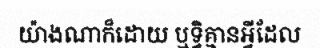
យ៉ាងណាក៏ដោយ ឬទ្ធិគ្មានអ្វីដែល